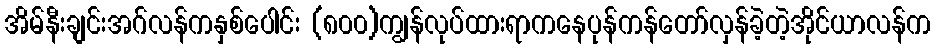
အိမ်နီးချင်းအဂ်လန်ကနှစ်ပေါင်း (၈၀၀)ကျွန်လုပ်ထားရာကနေပုန်ကန်တော်လှန်ခဲ့တဲ့အိုင်ယာလန်က